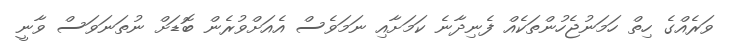
ވަރެއްގެ ހިތް ހަމަނުޖެހުންތަކެއް ފެނިދާނެ ކަމަށާއި ނަމަވެސް އެއަށްވުރެން ބޮޑަށް ނުތަނަވަސް ވާނީ